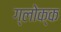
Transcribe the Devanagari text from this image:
ग्लोक्क